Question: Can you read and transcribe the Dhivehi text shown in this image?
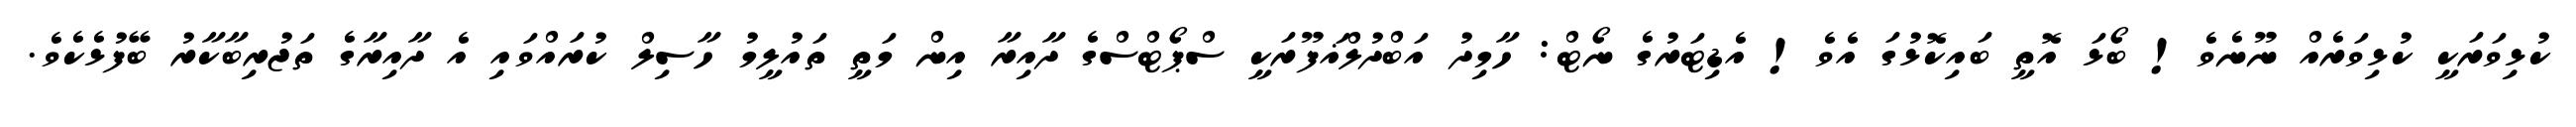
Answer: ކުޅިވަރަކީ ކުޅިވަރެއް ނޫނެވެ! ބޯޅަ އޮތީ ބައިކޮޅުގަ އެވެ! އެޑިޓަރުގެ ނޯޓް: ހާމިދު އަބްދުލްޣަފޫރަކީ ސްޕޯޓްސްގެ ދާއިރާ އިން މަތީ ތައުލީމު ހާސިލް ކުރައްވައި އެ ދާއިރާގެ ތަޖުރިބާކާރު ބޭފުޅެކެވެ.